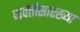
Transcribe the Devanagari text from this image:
पार्वतीसारख्या